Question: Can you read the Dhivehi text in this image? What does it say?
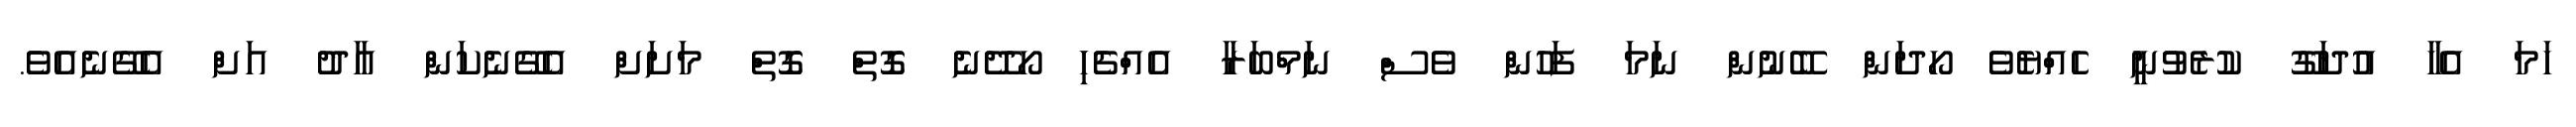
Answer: ހަމަ އެހާ އުދަގޫ ކުރެވުނީ ހެއްޔެވެ ހޯދަން ބޭނުން ނަމަ ފަހުން ވެސް ނަމްބަރާ އެއްޗެހި ހޯދޭނެ ގޮތް ގޮތް މަށަށް އެގޭނެކަން އާދު އަށް އެގޭނެއެވެ.